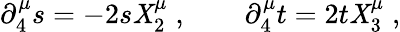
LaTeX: \partial_{4}^{\mu}s=-2s\mathit{X}_{2}^{\mu}\; ,\qquad\partial_{4}^{\mu}t=2t\mathit{X}_{3}^{\mu}\; ,